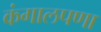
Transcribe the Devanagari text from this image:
कंगालपणा